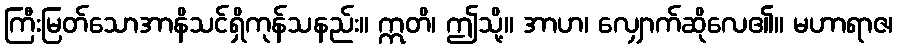
ကြီးမြတ်သောအာနိသင်ရှိကုန်သနည်း။ ဣတိ၊ ဤသို့။ အာဟ၊ လျှောက်ဆိုလေ၏။ မဟာရာဇ၊